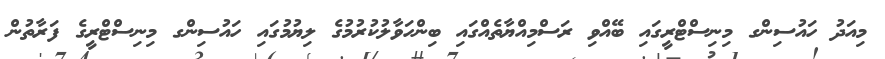
މިއަދު ހައުސިންގ މިނިސްޓްރީގައި ބޭއްވި ރަސްމިއްޔާތެއްގައި ބިންހަވާލުކުރުމުގެ ލިޔުމުގައި ހައުސިންގ މިނިސްޓްރީގެ ފަރާތުން